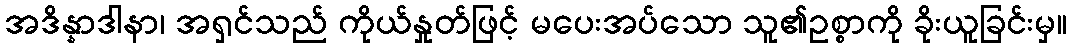
အဒိန္နာဒါနာ၊ အရှင်သည် ကိုယ်နှုတ်ဖြင့် မပေးအပ်သော သူ၏ဥစ္စာကို ခိုးယူခြင်းမှ။